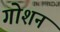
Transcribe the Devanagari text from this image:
गोशन